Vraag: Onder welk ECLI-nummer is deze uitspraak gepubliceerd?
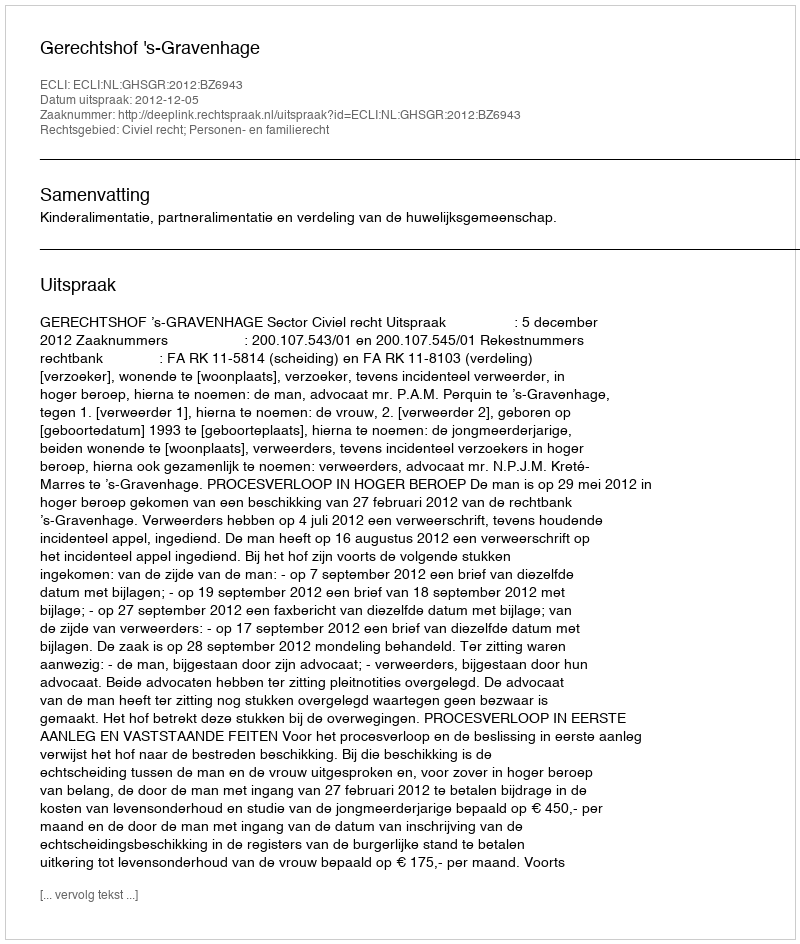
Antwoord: ECLI:NL:GHSGR:2012:BZ6943